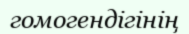
гомогендігінің